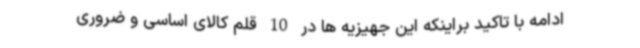
ادامه با تاکید براینکه این جهیزیه ها در 10 قلم کالای اساسی و ضروری